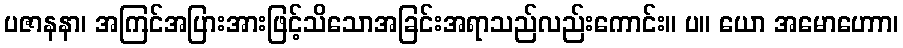
ပဇာနနာ၊ အကြင်အပြားအားဖြင့်သိသောအခြင်းအရာသည်လည်းကောင်း။ ပ။ ယော အမောဟောာ၊